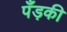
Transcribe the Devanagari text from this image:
पँड़की